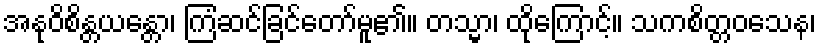
အနုဝိစိန္တယန္တော၊ ကြံဆင်ခြင်တော်မူ၏။ တသ္မာ၊ ထိုကြောင့်။ သကစိတ္တဝသေန၊